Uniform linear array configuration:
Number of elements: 16
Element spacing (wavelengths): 1
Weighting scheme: uniform
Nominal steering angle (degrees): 45
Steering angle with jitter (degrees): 44.116
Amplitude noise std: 0.05
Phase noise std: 0.05

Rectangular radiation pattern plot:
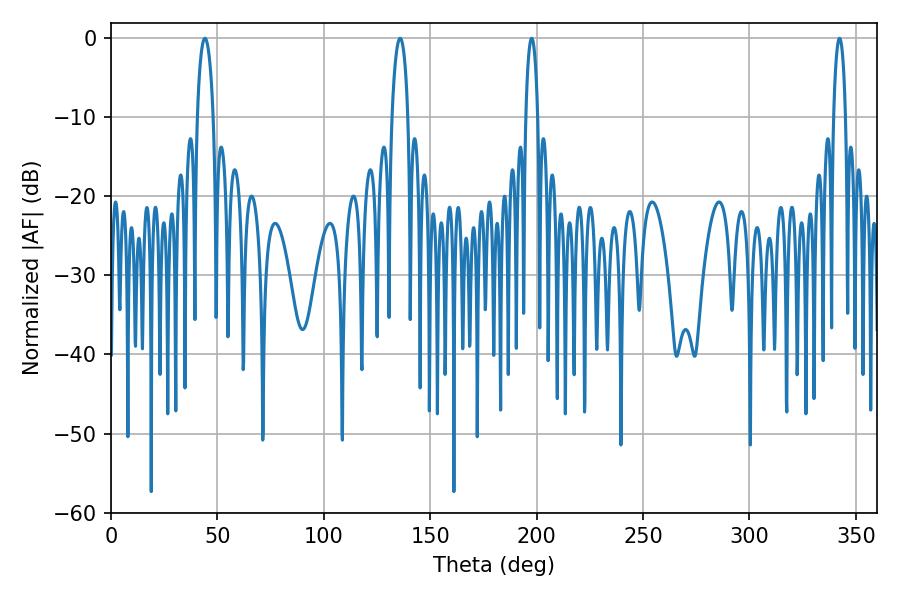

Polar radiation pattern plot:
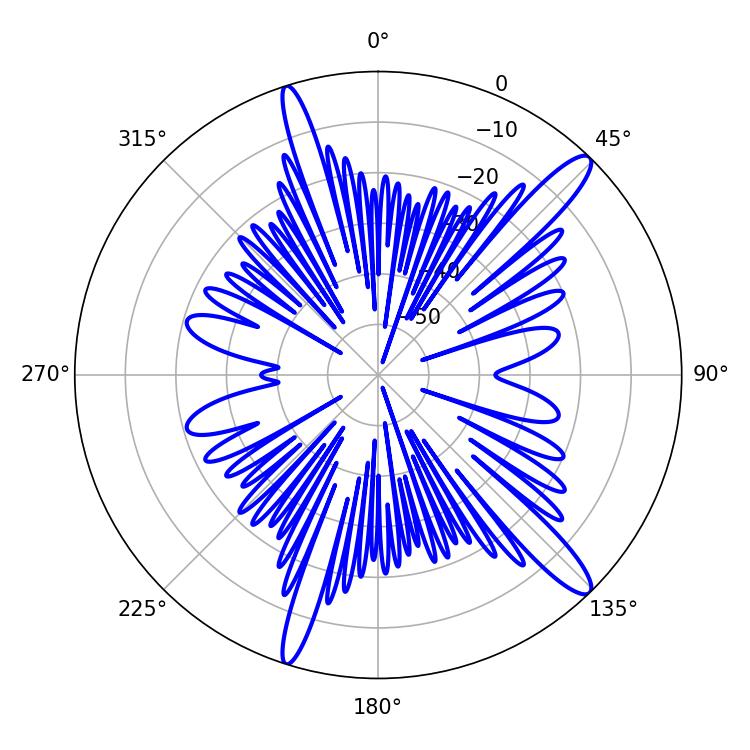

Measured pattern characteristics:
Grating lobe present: TRUE
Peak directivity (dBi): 14.069
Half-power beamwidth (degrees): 4.14
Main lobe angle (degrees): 44.1